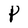
Character: P